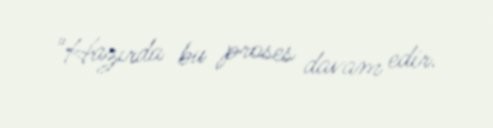
"Hazırda bu proses davam edir.